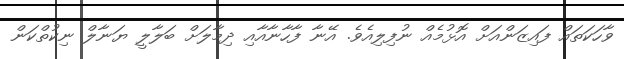
ވާހަކަތައް ފައިޒަންއަށް އޮޅުމެއް ނުފިލިއެވެ. އޭނާ ފާހާނާއާއި ދިމާލަށް ބަލާލީ ޔަނާލް ނިކުތްކަން